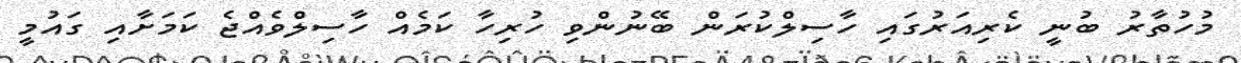
މުހުތާރު ބުނީ ކެރިއަރުގައި ހާސިލްކުރަން ބޭނުންވި ހުރިހާ ކަމެއް ހާސިލްވެއްޖެ ކަމަށާއި ގައުމީ